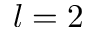
l = 2